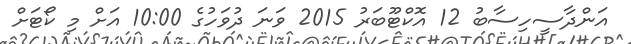
އަންދާސީހިސާބު 12 އޮކްޓޫބަރު 2015 ވަނަ ދުވަހުގެ 10:00 އަށް މި ކޯޓަށް